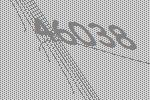
46038